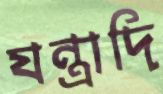
যন্ত্রাদি